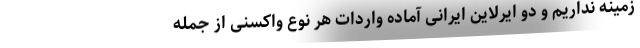
زمینه نداریم و دو ایرلاین ایرانی آماده واردات هر نوع واکسنی از جمله